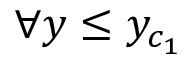
\forall y \le y _ { c _ { 1 } }